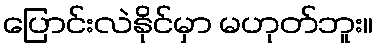
ပြောင်းလဲနိုင်မှာ မဟုတ်ဘူး။